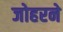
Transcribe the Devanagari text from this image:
जोहरने